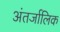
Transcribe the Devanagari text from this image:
अंतर्जालिक